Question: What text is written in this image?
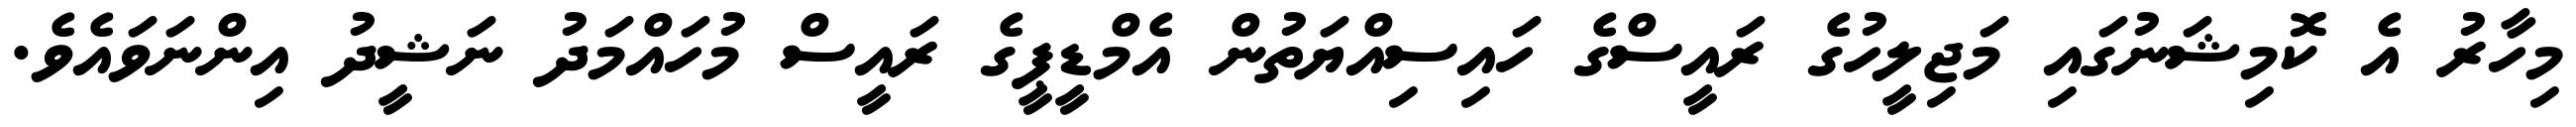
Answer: މިހާރު އެ ކޮމިޝަނުގައި މަޖިލީހުގެ ރައީސްގެ ހައިސިއްޔަތުން އެމްޑީޕީގެ ރައީސް މުހައްމަދު ނަޝީދު އިންނަވައެވެ.